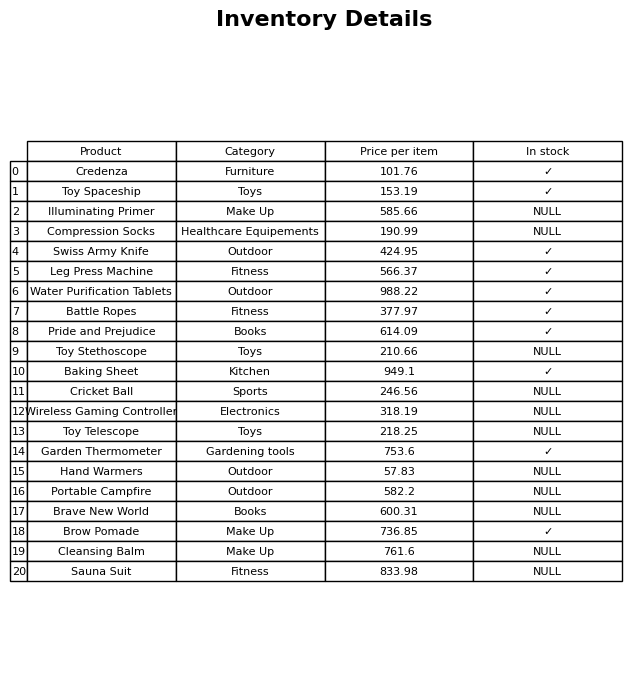
question: What is the price for Wireless Gaming Controller?
answer: The price of Wireless Gaming Controller is 318.19.